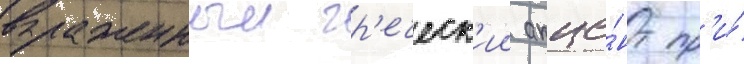
выраженныи гр'еческ'ии акце́нт пр'и́